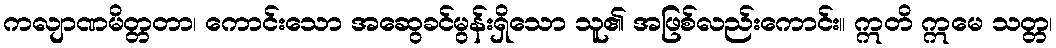
ကလျာဏမိတ္တတာ၊ ကောင်းသော အဆွေခင်မွန်းရှိသော သူ၏ အဖြစ်လည်းကောင်း။ ဣတိ ဣမေ သတ္တ၊